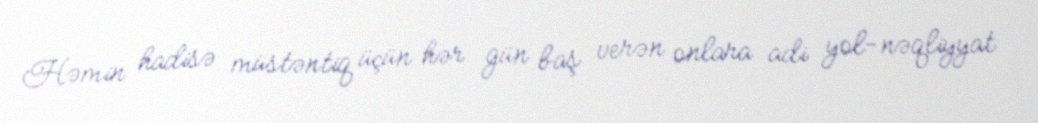
Həmin hadisə müstəntiq üçün hər gün baş verən onlara adi yol-nəqliyyat